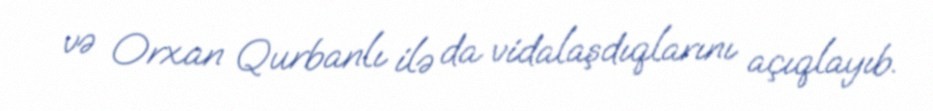
və Orxan Qurbanlı ilə da vidalaşdıqlarını açıqlayıb.